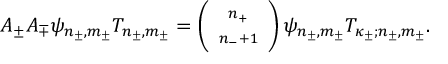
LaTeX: A _ { \pm } A _ { \mp } \psi _ { n _ { \pm } , m _ { \pm } } T _ { n _ { \pm } , m _ { \pm } } = \left( \begin{array} { c } { { \scriptstyle n _ { + } } } \\ { { \scriptstyle { n _ { - } + 1 } } } \end{array} \right) \psi _ { n _ { \pm } , m _ { \pm } } T _ { \kappa _ { \pm } ; n _ { \pm } , m _ { \pm } } .